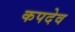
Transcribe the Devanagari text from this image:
कपदेव